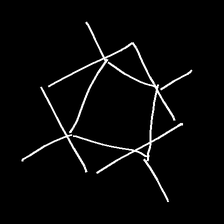
Glyph: light